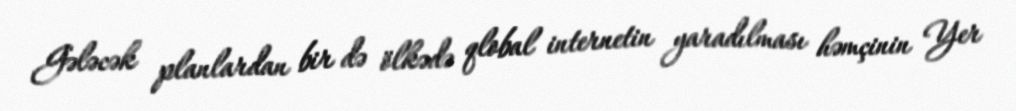
Gələcək planlardan bir də ölkədə qlobal internetin yaradılması həmçinin Yer